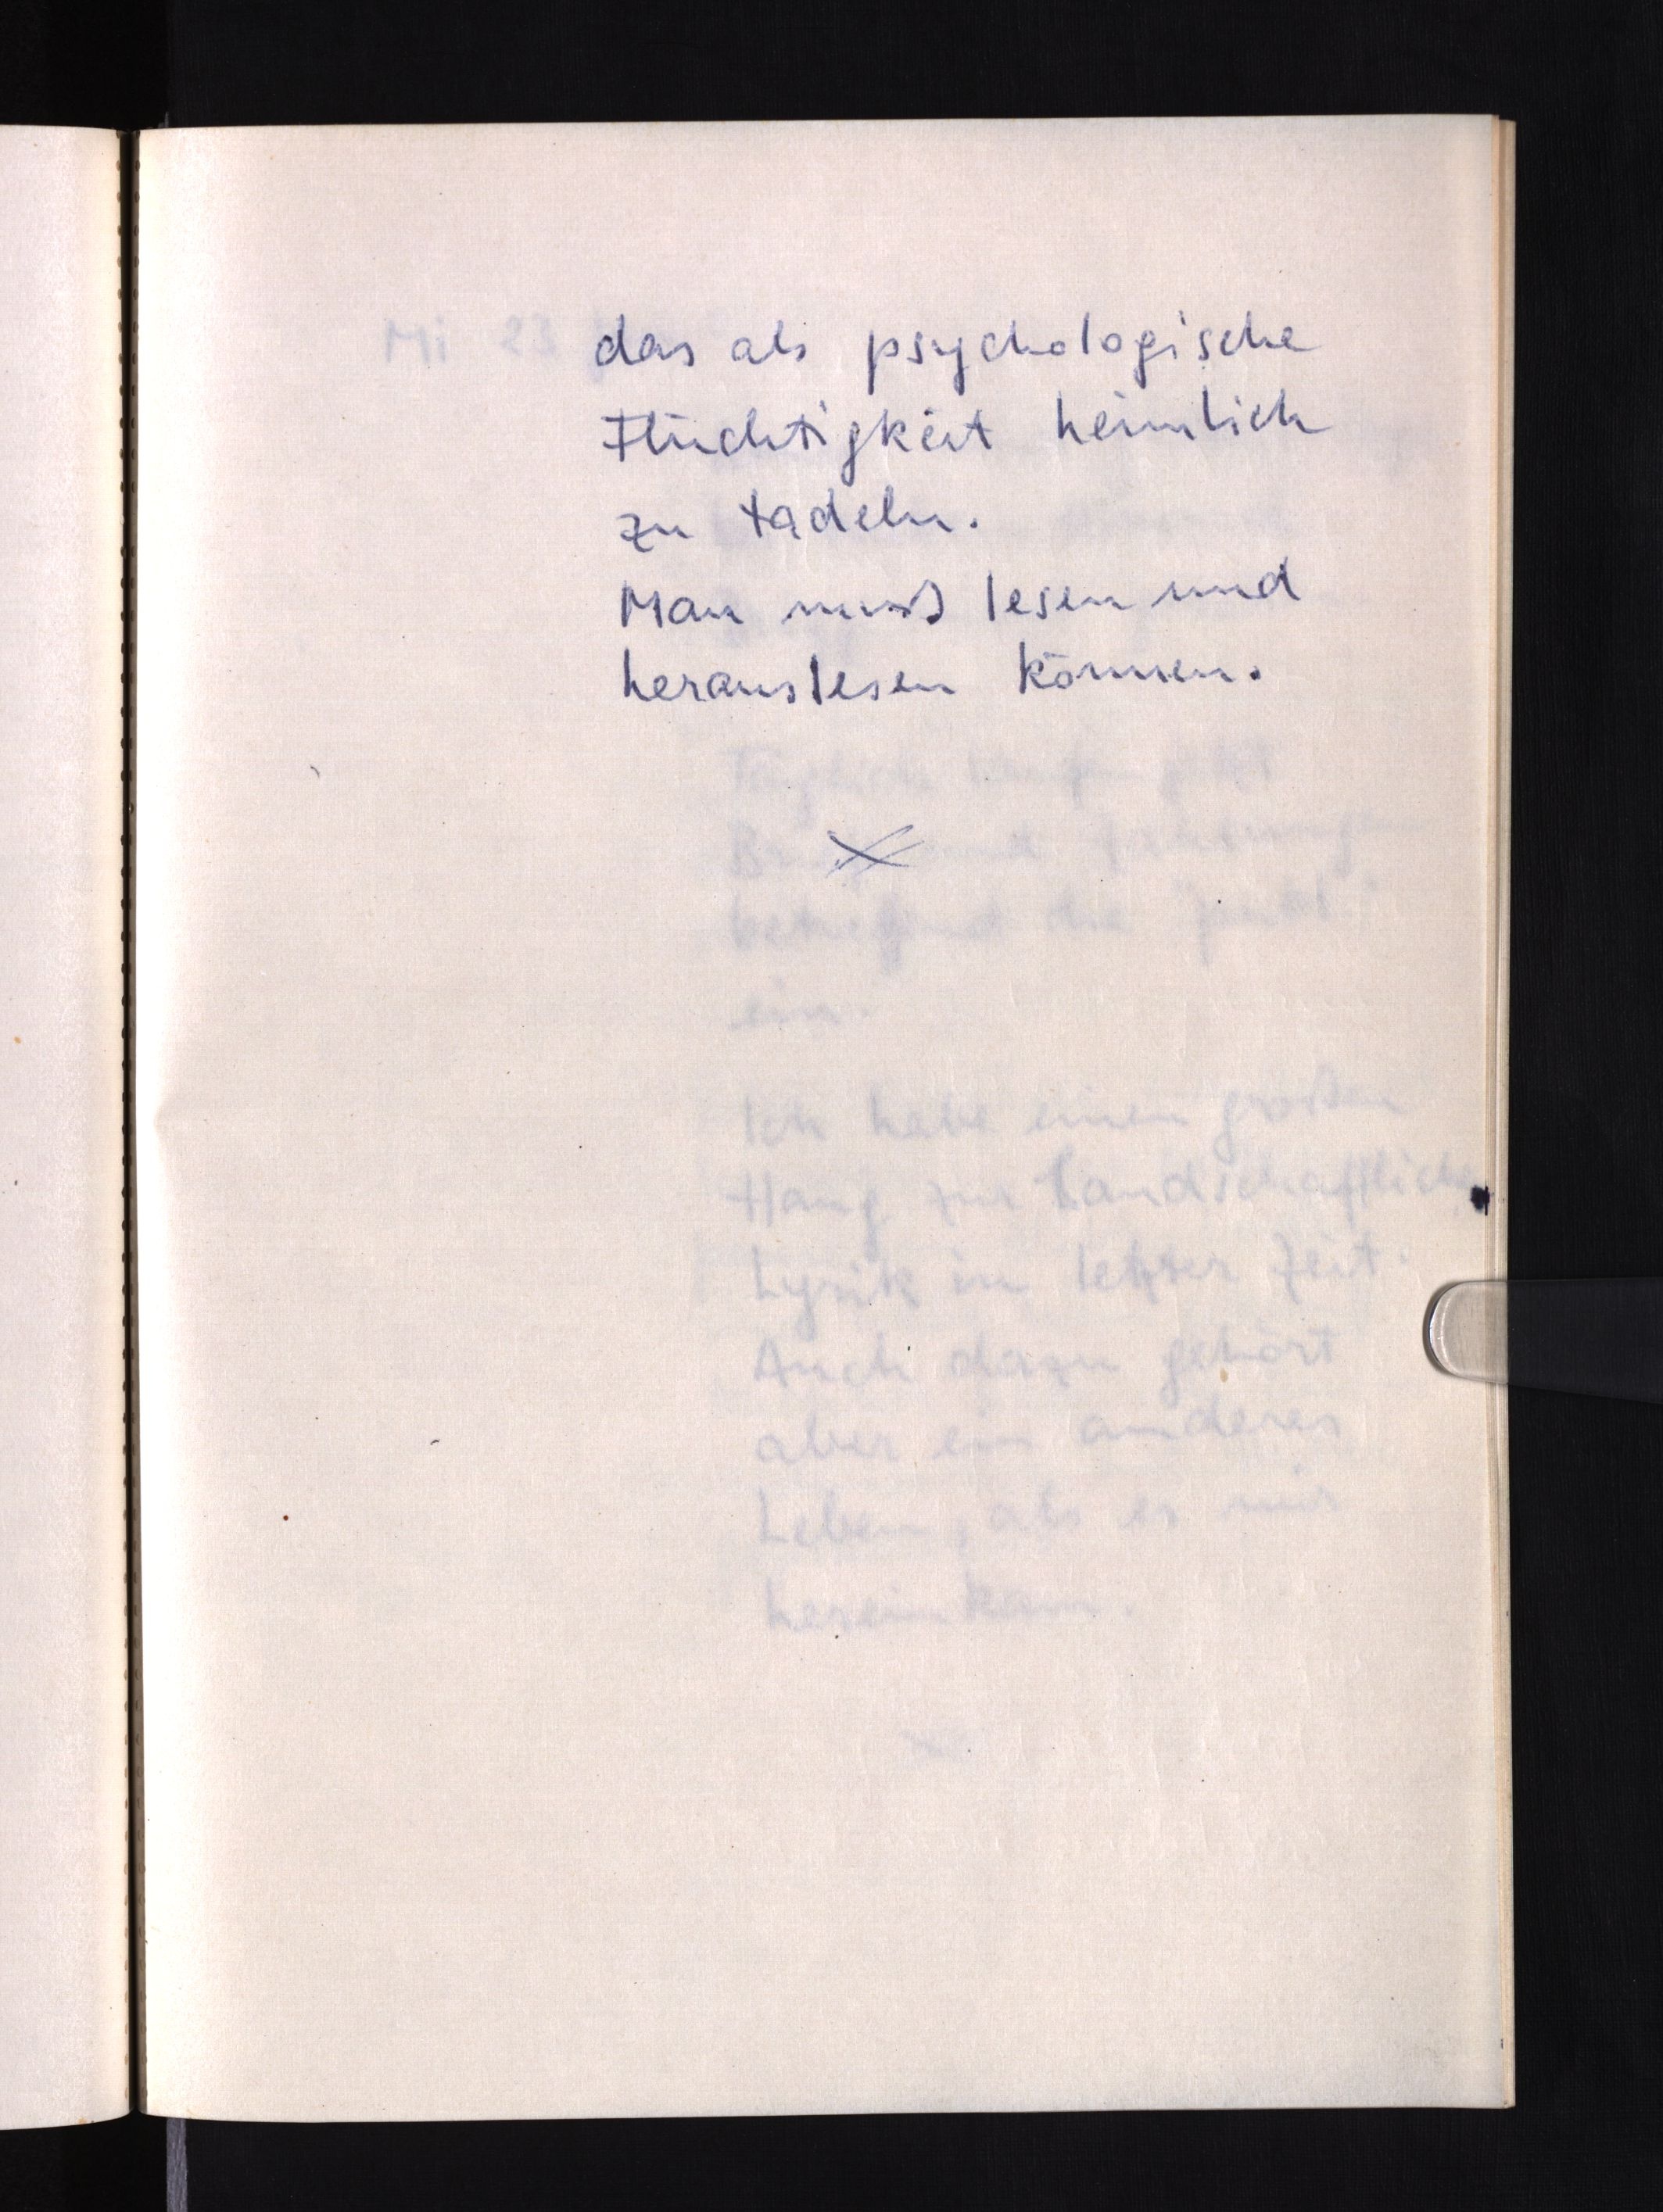
das als psychologische
Flüchtigkeit heimlich
zu tadeln.
Man muß lesen und
herauslesen können.